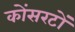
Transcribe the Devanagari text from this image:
कोंसरटों